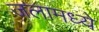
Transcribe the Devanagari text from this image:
जलामध्ये